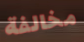
مخالفة